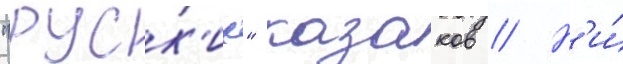
"руск'их" казаков // Н'и́